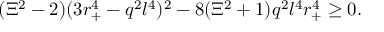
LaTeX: ( \Xi ^ { 2 } - 2 ) ( 3 r _ { + } ^ { 4 } - q ^ { 2 } l ^ { 4 } ) ^ { 2 } - 8 ( \Xi ^ { 2 } + 1 ) q ^ { 2 } l ^ { 4 } r _ { + } ^ { 4 } \geq 0 .